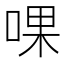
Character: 𠵩